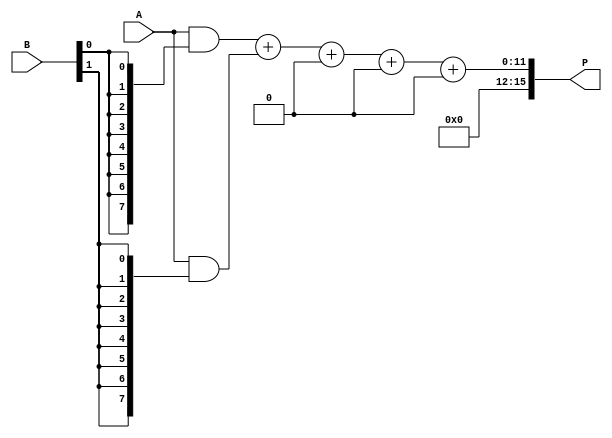
module variable_length_wallace_tree_multiplier #(
    parameter WIDTH_A = 8, // Width of input A
    parameter WIDTH_B = 8  // Width of input B
)(
    input [WIDTH_A-1:0] A, // Multiplicand
    input [WIDTH_B-1:0] B, // Multiplier
    output reg [WIDTH_A + WIDTH_B - 1:0] P // Product output
);

    // Generate partial products
    wire [WIDTH_A-1:0] partial_products[0:WIDTH_B-1];

    genvar i;
    generate
        for (i = 0; i < WIDTH_B; i = i + 1) begin : pp_gen
            assign partial_products[i] = A & {WIDTH_A{B[i]}};
        end
    endgenerate

    // Wallace Tree Reduction
    wire [WIDTH_A + WIDTH_B - 1:0] sum[0:WIDTH_B-1];
    wire [WIDTH_A + WIDTH_B - 1:0] carry[0:WIDTH_B-1];

    // CSA reduction
    integer j;
    always @(*) begin
        // Initialize sums and carries
        for (j = 0; j < WIDTH_B; j = j + 1) begin
            sum[j] = 0;
            carry[j] = 0;
        end
        
        // First level of CSA
        for (j = 0; j < WIDTH_B; j = j + 1) begin
            if (j < WIDTH_B - 1) begin
                {carry[j], sum[j]} = partial_products[j] + partial_products[j + 1];
            end else begin
                sum[j] = partial_products[j];
            end
        end

        // Further reduction stages
        for (j = 0; j < WIDTH_B - 1; j = j + 1) begin
            if (j < WIDTH_B - 2) begin
                {carry[j + 1], sum[j]} = sum[j] + carry[j];
            end
        end
    end

    // Final addition
    wire [WIDTH_A + WIDTH_B - 1:0] final_sum;
    wire [WIDTH_A + WIDTH_B - 1:0] final_carry;

    assign {final_carry, final_sum} = sum[0] + carry[0];

    // Output assignment
    always @(*) begin
        P = final_sum + final_carry;
    end

endmodule